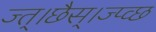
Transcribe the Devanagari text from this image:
ज्त्।छैस्।ज्प्व्छ